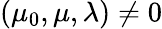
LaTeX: (\mu_{0},\mu,\lambda)\neq 0